Plague in India, 1896, 1897 - Volume 1
Year: 1896
Disease focus: Plague
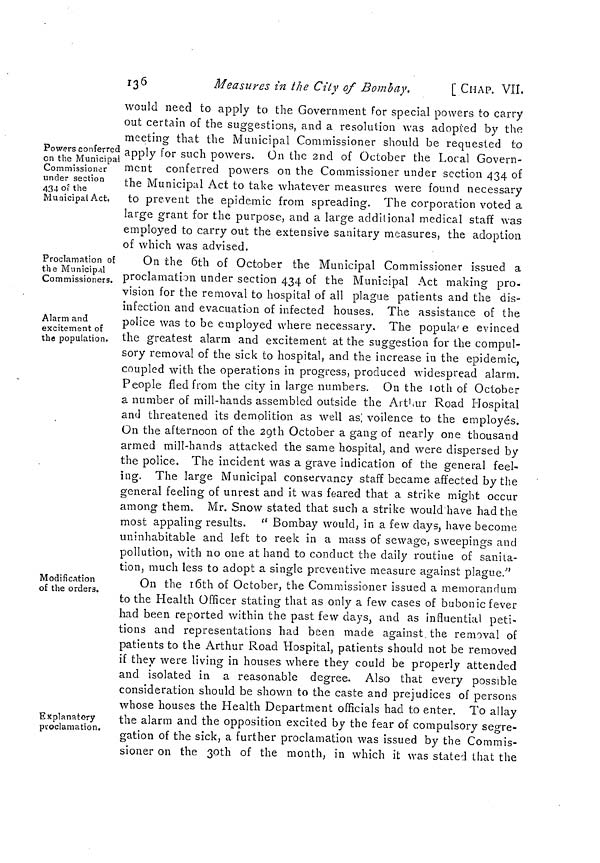
136
Measures in the City of Bombay.
[ CHAP. VII.
Powers conferred
on the Municipal
Commissioner
under section
434 of the
Municipal Act.
would need to apply to the Government for special powers to carry
out certain of the suggestions, and a resolution was adopted by the
meeting that the Municipal Commissioner should be requested to
apply for such powers. On the 2nd of October the Local Govern-
ment conferred powers on the Commissioner under section 434 of
the Municipal Act to take whatever measures were found necessary
to prevent the epidemic from spreading. The corporation voted a
large grant for the purpose, and a large additional medical staff was
employed to carry out the extensive sanitary measures, the adoption
of which was advised.
Proclamation of
the Municipal
Commissioners.
Alarm and
excitement of
the population.
On the 6th of October the Municipal Commissioner issued a
proclamation under section 434 of the Municipal Act making pro-
vision for the removal to hospital of all plague patients and the dis-
infection and evacuation of infected houses. The assistance of the
police was to be employed where necessary. The populare evinced
the greatest alarm and excitement at the suggestion for the compul-
sory removal of the sick to hospital, and the increase in the epidemic,
coupled with the operations in progress, produced widespread alarm.
People fled from the city in large numbers. On the 10th of October
a number of mill-hands assembled outside the Arthur Road Hospital
and threatened its demolition as well as voilence to the employés.
On the afternoon of the 29th October a gang of nearly one thousand
armed mill-hands attacked the same hospital, and were dispersed by
the police. The incident was a grave indication of the general feel-
ing. The large Municipal conservancy staff became affected by the
general feeling of unrest and it was feared that a strike might occur
among them. Mr. Snow stated that such a strike would have had the
most appaling results. " Bombay would, in a few days, have become
uninhabitable and left to reek in a mass of sewage, sweepings and
pollution, with no one at hand to conduct the daily routine of sanita-
tion, much less to adopt a single preventive measure against plague."
Modification
of the orders.
Explanatory
proclamation.
On the 16th of October, the Commissioner issued a memorandum
to the Health Officer stating that as only a few cases of bubonic fever
had been reported within the past few days, and as influential peti-
tions and representations had been made against the removal of
patients to the Arthur Road Hospital, patients should not be removed
if they were living in houses where they could be properly attended
and isolated in a reasonable degree. Also that every possible
consideration should be shown to the caste and prejudices of persons
whose houses the Health Department officials had to enter. To allay
the alarm and the opposition excited by the fear of compulsory segre-
gation of the sick, a further proclamation was issued by the Commis-
sioner on the 3Oth of the month, in which it was stated that the